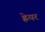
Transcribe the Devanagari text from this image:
ह्नेयर